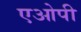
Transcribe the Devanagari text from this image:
एओपी